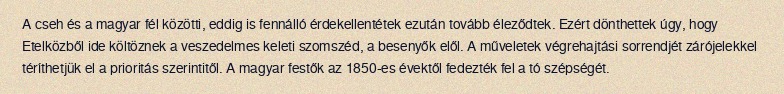
A cseh és a magyar fél közötti, eddig is fennálló érdekellentétek ezután tovább éleződtek. Ezért dönthettek úgy, hogy Etelközből ide költöznek a veszedelmes keleti szomszéd, a besenyők elől. A műveletek végrehajtási sorrendjét zárójelekkel téríthetjük el a prioritás szerintitől. A magyar festők az 1850-es évektől fedezték fel a tó szépségét.